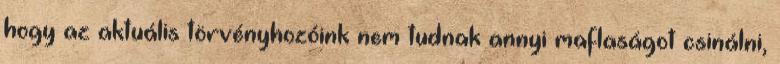
hogy az aktuális törvényhozóink nem tudnak annyi maflaságot csinálni,